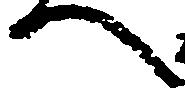
へ